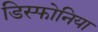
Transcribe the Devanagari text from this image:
डिस्फोनिया